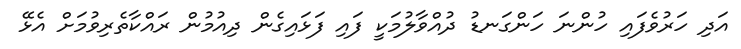
އަދި ހަރުވެފައި ހުންނަ ހަންގަނޑު ދުއްވާލުމަކީ ފައި ފަޅައިގެން ދިއުމުން ރައްކާތެރިވުމަށް އެޅޭ